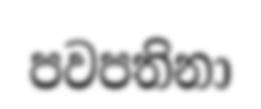
පවපතිනා